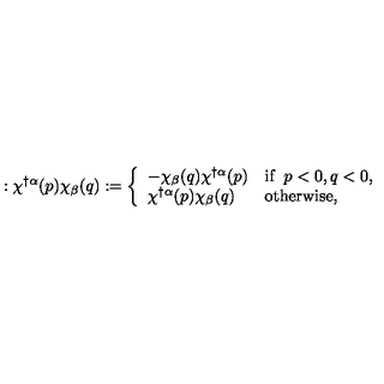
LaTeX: : \chi ^ { \dagger \alpha } ( p ) \chi _ { \beta } ( q ) : = \left\{ \begin{array} { l l } { - \chi _ { \beta } ( q ) \chi ^ { \dagger \alpha } ( p ) } & { \mathrm { i f } \enspace p < 0 , q < 0 , } \\ { \chi ^ { \dagger \alpha } ( p ) \chi _ { \beta } ( q ) } & { \mathrm { o t h e r w i s e } , } \\ \end{array} \right.